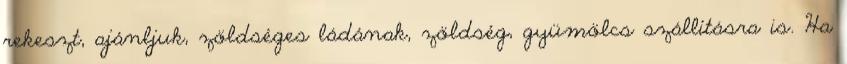
rekeszt, ajánljuk, zöldséges ládának, zöldség, gyümölcs szállításra is. Ha